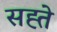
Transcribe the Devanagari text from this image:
सह्ते